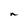
Character: n